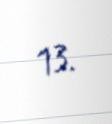
13.